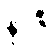
နာဇီ